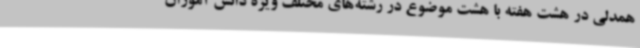
همدلی در هشت هفته با هشت موضوع در رشته‌های مختلف ویژه دانش آموزان